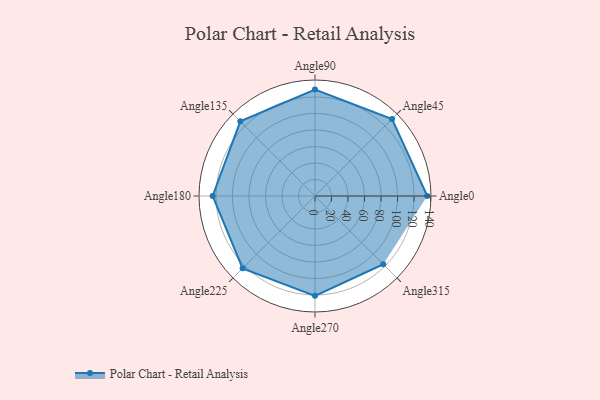
{"axis": {"x": "Angle", "y": "Radius"}, "legend": [""], "data": [{"x": "Angle0", "y": 136.0, "type": ""}, {"x": "Angle45", "y": 132.0, "type": ""}, {"x": "Angle90", "y": 129.0, "type": ""}, {"x": "Angle135", "y": 128.0, "type": ""}, {"x": "Angle180", "y": 124.0, "type": ""}, {"x": "Angle225", "y": 124.0, "type": ""}, {"x": "Angle270", "y": 121.0, "type": ""}, {"x": "Angle315", "y": 117.0, "type": ""}]}